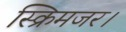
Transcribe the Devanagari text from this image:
स्क्रिमजर।